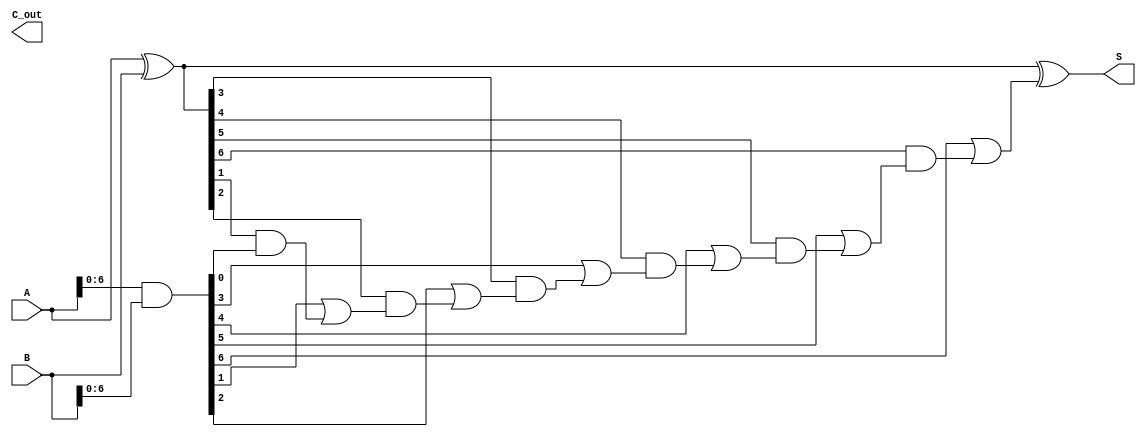
module ParallelPrefixAdder #(parameter n = 8) (
    input  [n-1:0] A,
    input  [n-1:0] B,
    output [n-1:0] S,
    output         C_out
);

    // Generate and propagate signals
    wire [n-1:0] G; // Generate signals
    wire [n-1:0] P; // Propagate signals
    wire [n:0] C;   // Carry signals

    // Generate and propagate calculations
    assign G = A & B;          // Generate
    assign P = A ^ B;          // Propagate
    assign C[0] = 1'b0;        // Initial carry-in is 0

    // Level 1
    genvar i;
    generate
        for (i = 0; i < n-1; i = i + 1) begin : level1
            assign C[i+1] = G[i] | (P[i] & C[i]);
        end
    endgenerate

    // Final sum calculation
    assign S = P ^ C[n-1:n-1]; // S[i] = P[i] ^ C[i-1]

    // Final carry-out
    assign C_out = C[n];

endmodule